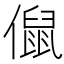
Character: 𠏙